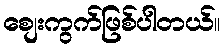
စျေးကွက်ဖြစ်ပါတယ်။